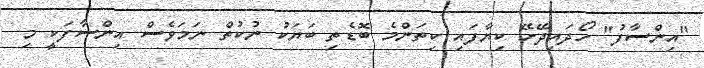
"އިންސާފު" ހޯދައިދޭށޭ ކިޔާފައި ކިތަންމެ ބޮޑެތި ބަޔަކު ނުކުތް ނަމަވެސް އިންސާފަކީ މި